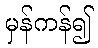
မှန်ကန်၍